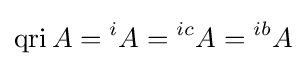
\operatorname {qri} A={}^{i}A={}^{ic}A={}^{ib}A